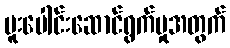
ပူးပေါင်းဆောင်ရွက်မှုအတွက်